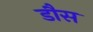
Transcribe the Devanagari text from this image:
डौस